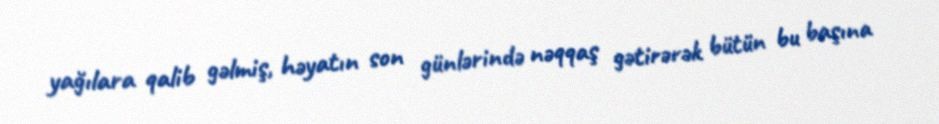
yağılara qalib gəlmiş, həyatın son günlərində nəqqaş gətirərək bütün bu başına